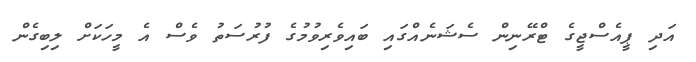
އަދި ޕީއެސްޖީގެ ޓްރޭނިން ސެޝަނެއްގައި ބައިވެރިވުމުގެ ފުރުސަތު ވެސް އެ މީހަކަށް ލިބިގެން